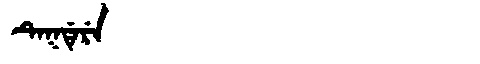
Manchu: ᡨᡝᡴᡩᡝᡵᡝ
Romanization: TEKDERE